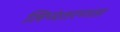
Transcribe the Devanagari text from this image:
लिप्यंतरणता